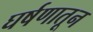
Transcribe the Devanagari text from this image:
घर्षणातून